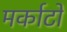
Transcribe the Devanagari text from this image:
मर्काटो